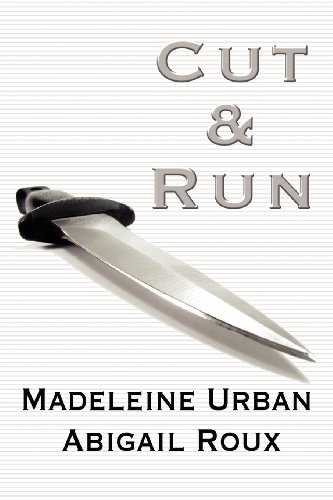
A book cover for Cut & Run; Madeleine Urban; Romance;